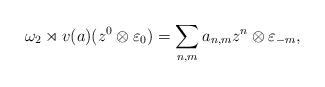
LaTeX: \begin{align*}\omega_{2}\rtimes v(a) (z^{0}\otimes\varepsilon_{0}) =\sum_{n,m} a_{n,m} z^{n}\otimes\varepsilon_{-m},\end{align*}